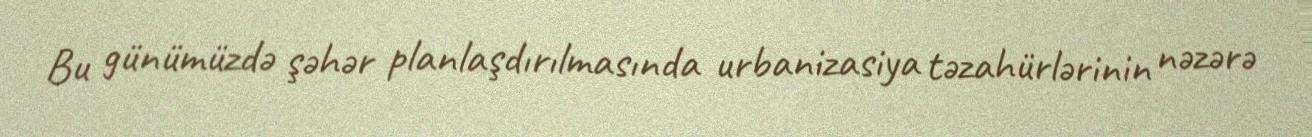
Bu günümüzdə şəhər planlaşdırılmasında urbanizasiya təzahürlərinin nəzərə